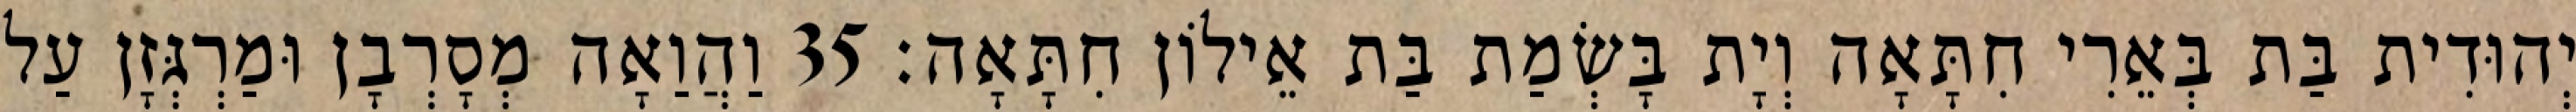
יְהוּדִית בַּת בְּאֵרִי חִתָּאָה וְיָת בָּשְׂמַת בַּת אֵילוֹן חִתָּאָה׃ 35 וַהֲוַאָה מְסָרְבָן וּמַרְגְּזָן עַל